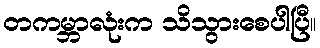
တကမ္ဘာလုံးက သိသွားစေပါပြီ။